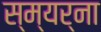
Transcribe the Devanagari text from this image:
स्म्यर्ना